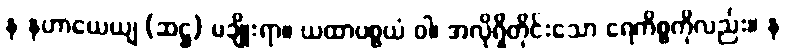
န နဟာယေယျ (ဆဋ္ဌ) မချိုးရာ။ ယထာပစ္စယံ ဝါ၊ အလိုရှိတိုင်းသော ရေကိစ္စကိုလည်း။ န